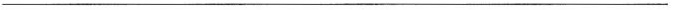
___